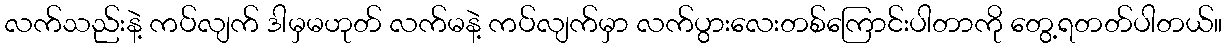
လက်သည်းနဲ့ ကပ်လျက် ဒါမှမဟုတ် လက်မနဲ့ ကပ်လျက်မှာ လက်ပွားလေးတစ်ကြောင်းပါတာကို တွေ့ရတတ်ပါတယ်။